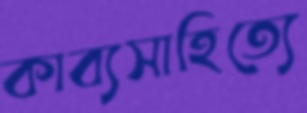
কাব্যসাহিত্যে